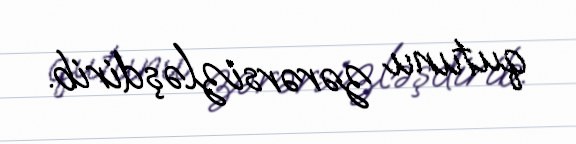
qutunu zərərsizləşdirib.